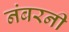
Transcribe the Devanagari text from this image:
नंबरनी